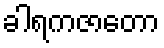
ခါရကဇာတော